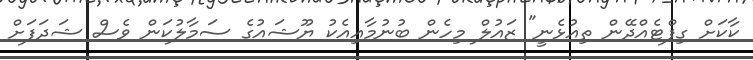
ކާކަށް ގިފްޓެއްދޭން ތިއުޅެނީ" ޒައުލް މިހެން ބުނުމާއިއެކު ޔޫޝައުގެ ސަމާލުކަން ވެސް ޝަދަފަށް